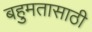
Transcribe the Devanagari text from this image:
बहुमतासाठी